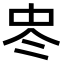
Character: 𠗀